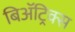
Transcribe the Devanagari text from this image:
बिॲट्रिक्स